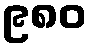
၉၈၀